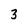
Character: 3